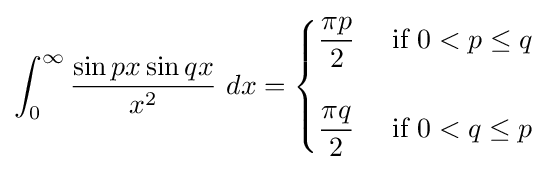
\int _{0}^{\infty }{\frac {\sin px\sin qx}{x^{2}}}\ dx={\begin{cases}{\dfrac {\pi p}{2}}&{\text{ if }}0<p\leq q\\\\{\dfrac {\pi q}{2}}&{\text{ if }}0<q\leq p\end{cases}}